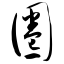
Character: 圈